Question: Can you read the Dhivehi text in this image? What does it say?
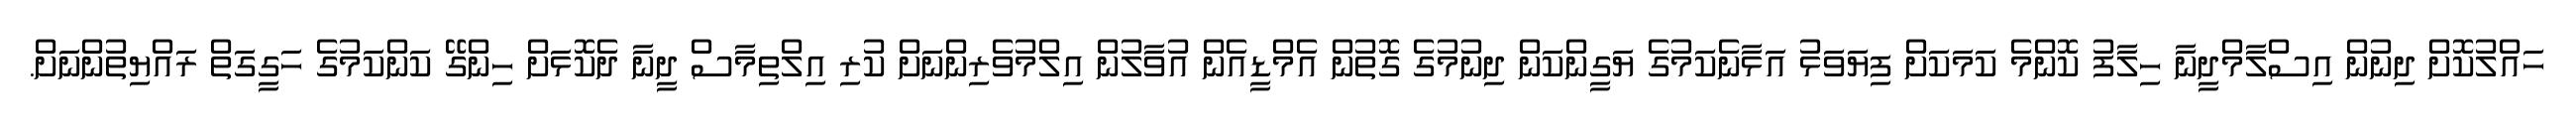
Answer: ހައްލުކޮށް ދިނުން އިސްލާމްދީނާ ހިލާފު ކޮންމެ ކަމަކަށް ފިޔަވަޅު އަޅާނެކަމުގެ ޔަގީންކަން ދިނުމުގެ ގޮތުން އެމްޑީއެން އުވާލުން އިލްމުވެރިންނަށް ކުރި އިލްތިމާސް ދީނާ ދެކޮޅަށް ހިންގޭ ކަންކަމުގެ ހަގީގަތް ރައްޔިތުންނަށް.